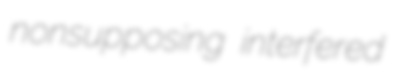
nonsupposing interfered